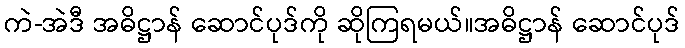
ကဲ-အဲဒီ အဓိဋ္ဌာန် ဆောင်ပုဒ်ကို ဆိုကြရမယ်။အဓိဋ္ဌာန် ဆောင်ပုဒ်